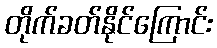
တိုက်ခတ်နိုင်ကြောင်း